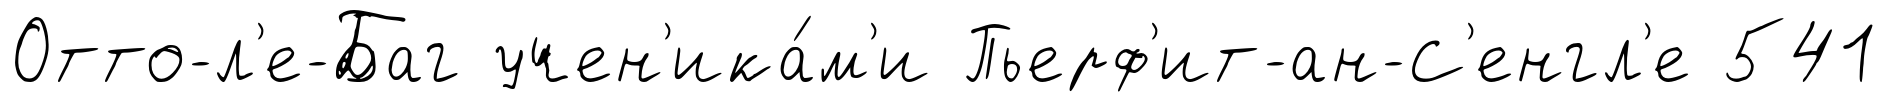
Отто-л'е-Баг учен'ика́м'и Пьерф'ит-ан-С'енгл'е 541